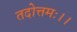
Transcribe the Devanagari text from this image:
तदोत्तमः।।